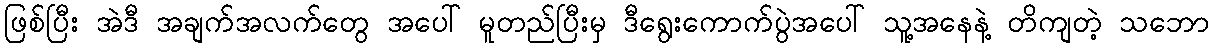
ဖြစ်ပြီး အဲဒီ အချက်အလက်တွေ အပေါ် မူတည်ပြီးမှ ဒီရွေးကောက်ပွဲအပေါ် သူ့အနေနဲ့ တိကျတဲ့ သဘော